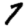
Digit: 7